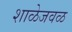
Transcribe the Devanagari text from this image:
शाळेजवळ